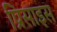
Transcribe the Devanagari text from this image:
प्रिसाइस